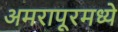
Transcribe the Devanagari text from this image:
अमरापूरमध्ये